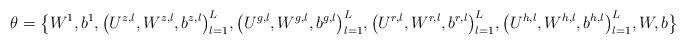
LaTeX: \begin{align*}\theta = \big\{W^1,b^1, \big(U^{z,l},W^{z,l},b^{z,l} \big)^L_{l=1}, \big(U^{g,l},W^{g,l},b^{g,l} \big)^L_{l=1}, \big(U^{r,l},W^{r,l},b^{r,l} \big)^L_{l=1}, \big(U^{h,l},W^{h,l},b^{h,l} \big)^L_{l=1},W,b \big\}\end{align*}